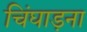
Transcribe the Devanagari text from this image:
चिंघाड़ना